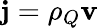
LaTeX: \mathbf{j}=\rho_{Q}\mathbf{v}